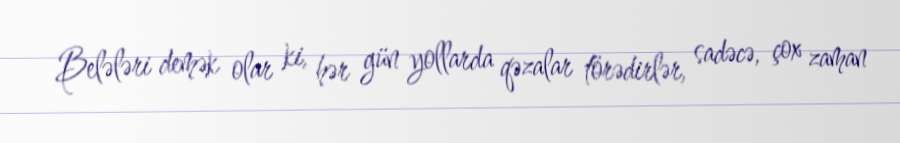
Belələri demək olar ki, hər gün yollarda qəzalar törədirlər, sadəcə, çox zaman